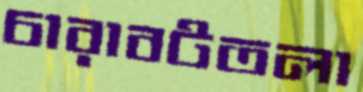
চারাবটতলা